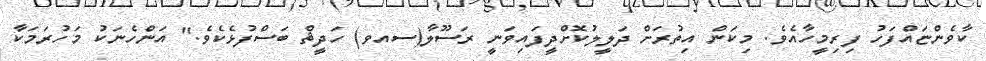
ކާވެންޏައްފަހު ފިރިމީހާއެވެ. މިކަން އިތުރަށް ދަލީލުކޮށްދީފައިވަނީ ރަސޫލާ(ސއވ) ހަދީޘް ބަސްފުޅެކެވެ." އަންހެނަކު މަހުރަމަކާ